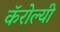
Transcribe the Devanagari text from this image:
कॅरोल्यी